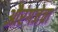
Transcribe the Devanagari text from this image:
औरंगजेचा